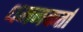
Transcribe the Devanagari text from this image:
धमनकर्ता